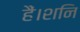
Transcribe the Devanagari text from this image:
हैं।शनि